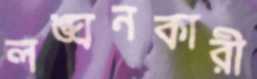
লঙ্ঘনকারী